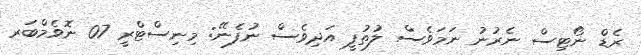
ރެޑް ނޯޓިސް ނެރުނު ނަމަވެސް ލުތުފީ އަދިވެސް ނުފެނޭ: މިނިސްޓްރީ 07 ނޮވެމްބަރ